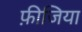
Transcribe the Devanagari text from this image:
फ़ीजिया